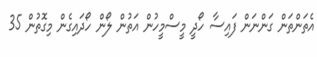
އެތަންތަން ގަންނަން ފައިސާ ހޯދީ މީސްމީހުން އަތުން ލޯން ހޯދައިގެން މިގޮތުން 35